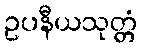
ဥပနီယသုတ္တံ